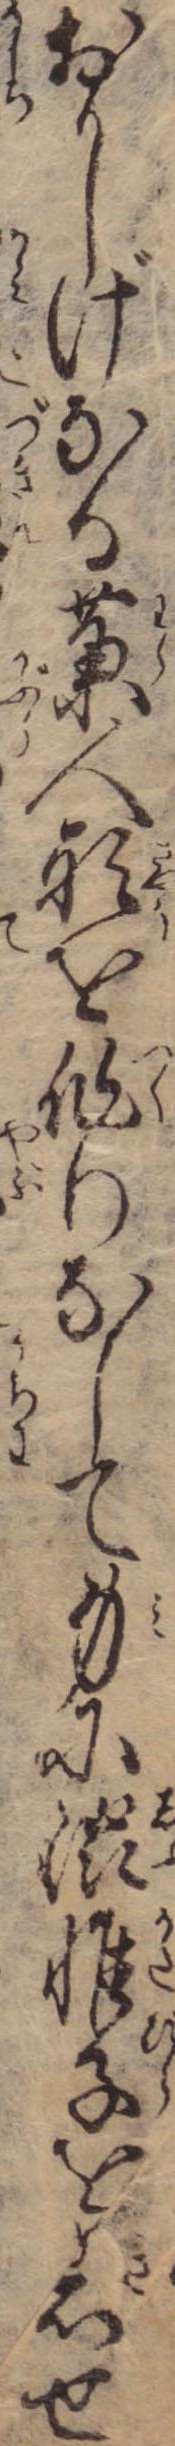
おかしげなる藁人形を作りなして身に渋帷子を着せ